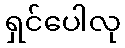
ရှင်ပေါလု